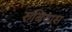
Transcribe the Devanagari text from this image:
रुबियास